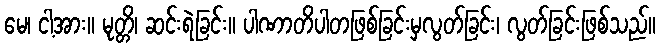
မေ၊ ငါ့အား။ မုတ္တိ၊ ဆင်းရဲခြင်း။ ပါဏာတိပါတဖြစ်ခြင်းမှလွတ်ခြင်း၊ လွတ်ခြင်းဖြစ်သည်။